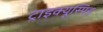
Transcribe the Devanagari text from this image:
ट्राइक्यूस्पिड